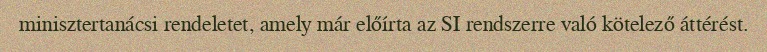
minisztertanácsi rendeletet, amely már előírta az SI rendszerre való kötelező áttérést.